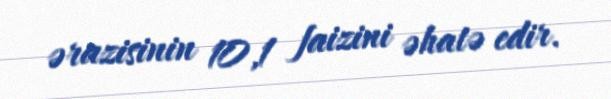
ərazisinin 10,1 faizini əhatə edir.